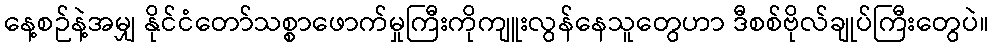
နေ့စဉ်နဲ့အမျှ နိုင်ငံတော်သစ္စာဖောက်မှုကြီးကိုကျူးလွန်နေသူတွေဟာ ဒီစစ်ဗိုလ်ချုပ်ကြီးတွေပဲ။